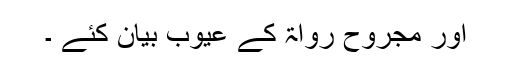
اور مجروح رواۃ کے عیوب بیان کئے ۔